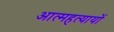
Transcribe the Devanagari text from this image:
आत्महत्यायों